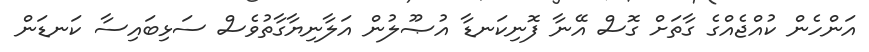
އަންހެން ކުއްޖެއްގެ ގާތަށް ގޮސް އޭނާ ފޮނިކަނޑާ އުޞޫލުން އަލާނިޔާގާތުވެސް ސަޅިބައިސާ ކަނޑަން